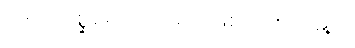
(၁၅) ကုစ္ဆိရောဂ-ဝမ်း၌ ဖြစ်သော အနာ။